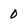
Character: 0